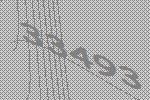
33493